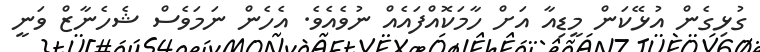
ގުޅިގެން އުޅޭކަން މީޑިއާ އަށް ހާމަކޮއްފައެއް ނުވެއެވެ. އެހެން ނަމަވެސް ޝެހެނާޒް ވަނީ